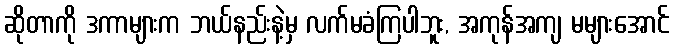
ဆိုတာကို ဒကာများက ဘယ်နည်းနဲ့မှ လက်မခံကြပါဘူး, အကုန်အကျ မများအောင်